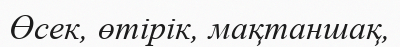
Өсек, өтірік, мақтаншақ,